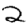
Digit: 2